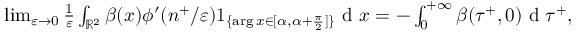
\begin{array} { r } { \operatorname* { l i m } _ { \varepsilon \to 0 } \frac { 1 } { \varepsilon } \int _ { \mathbb { R } ^ { 2 } } \beta ( x ) \phi ^ { \prime } ( n ^ { + } / \varepsilon ) 1 _ { \{ \arg x \in [ \alpha , \alpha + \frac { \pi } { 2 } ] \} } \textrm { d } x = - \int _ { 0 } ^ { + \infty } \beta ( \tau ^ { + } , 0 ) \textrm { d } \tau ^ { + } , } \end{array}